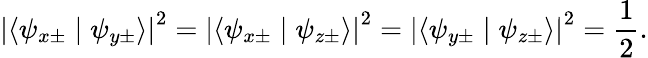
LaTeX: \left\vert\langle\psi_{x\pm}\mid\psi_{y\pm}\rangle\right\vert^{2}=\left\vert\langle\psi_{x\pm}\mid\psi_{z\pm}\rangle\right\vert^{2}=\left\vert\langle\psi_{y\pm}\mid\psi_{z\pm}\rangle\right\vert^{2}={\frac{1}{2}}.